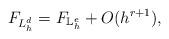
LaTeX: \begin{align*}F_{L^d_h} = F_{{\mathbb{L}}^{e}_h} + O(h^{r+1}),\end{align*}